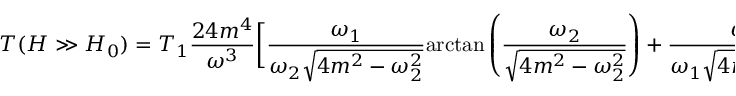
\displaystyle { T ( H \gg H _ { 0 } ) = T _ { 1 } \frac { 2 4 m ^ { 4 } } { \omega ^ { 3 } } \bigg [ \frac { \omega _ { 1 } } { \omega _ { 2 } \sqrt { 4 m ^ { 2 } - \omega _ { 2 } ^ { 2 } } } \mathrm { a r c t a n } \left( \frac { \omega _ { 2 } } { \sqrt { 4 m ^ { 2 } - \omega _ { 2 } ^ { 2 } } } \right) + \frac { \omega _ { 2 } } { \omega _ { 1 } \sqrt { 4 m ^ { 2 } - \omega _ { 1 } ^ { 2 } } } \mathrm { a r c t a n } \left( \frac { \omega _ { 1 } } { \sqrt { 4 m ^ { 2 } - \omega _ { 1 } ^ { 2 } } } \right) - \frac { \omega } { 4 m ^ { 2 } } \bigg ] }